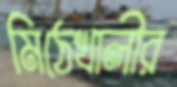
মিঠেখালীর